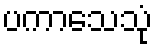
ပကာသေသုံ